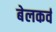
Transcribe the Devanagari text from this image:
बेलकर्व